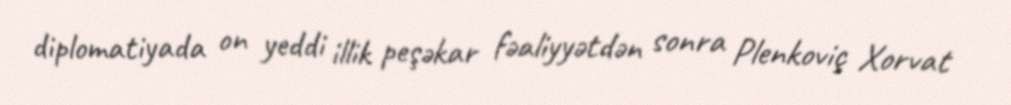
diplomatiyada on yeddi illik peşəkar fəaliyyətdən sonra Plenkoviç Xorvat